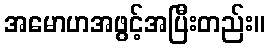
အမောဟအဖွင့်အပြီးတည်း။